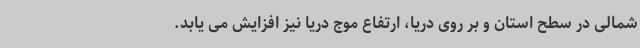
شمالی در سطح استان و بر روی دریا، ارتفاع موج دریا نیز افزایش می یابد.